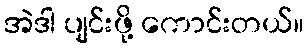
အဲဒါ ပျင်းဖို့ ကောင်းတယ်။